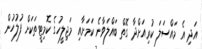
އަދި އެ މައްސަލަ ކުރިއަށްދާ ގޮތް ބައްލަވާނެ ކަމަށާއި މަޖިލީހުގެ ކޮމިޓީތަކަށް ފުލުހުން